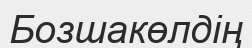
Бозшакөлдің